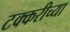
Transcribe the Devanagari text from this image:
टक्करीच्या